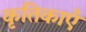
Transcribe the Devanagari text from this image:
कृतिकाएँ